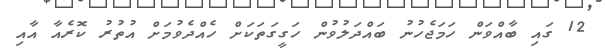
12 ގައި ބާއްވަން ހަމަޖެހުނު ބައްދަލުވުން ހަގީގަތަކަށް ހެއްދެވުމަށް އުތުރު ކޮރެއާ އާއި